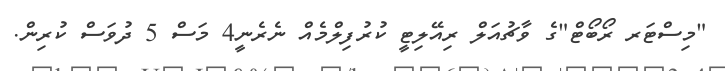
"މިސްޓަރ ރޯބޯޓް"ގެ ވާޗުއަލް ރިއޭލިޓީ ކުރުފިލްމެއް ނެރެނީ4 މަސް 5 ދުވަސް ކުރިން.